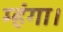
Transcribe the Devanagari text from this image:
म्हंगा।